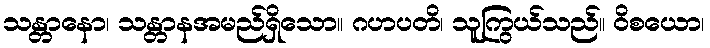
သန္တာနော၊ သန္တာနအမည်ရှိသော။ ဂဟပတိ၊ သူကြွယ်သည်။ ဝိစယော၊